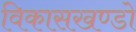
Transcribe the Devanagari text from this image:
विकासखण्डो